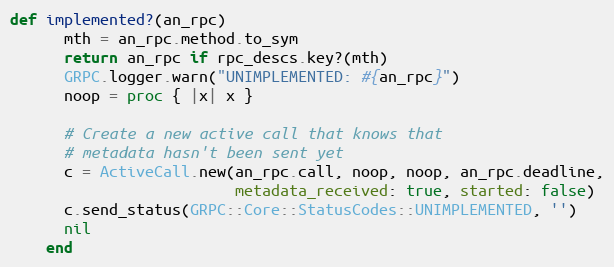
Language: Ruby
def implemented?(an_rpc)
      mth = an_rpc.method.to_sym
      return an_rpc if rpc_descs.key?(mth)
      GRPC.logger.warn("UNIMPLEMENTED: #{an_rpc}")
      noop = proc { |x| x }

      # Create a new active call that knows that
      # metadata hasn't been sent yet
      c = ActiveCall.new(an_rpc.call, noop, noop, an_rpc.deadline,
                         metadata_received: true, started: false)
      c.send_status(GRPC::Core::StatusCodes::UNIMPLEMENTED, '')
      nil
    end